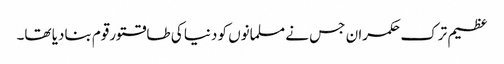
عظیم ترک حکمران جس نے مسلمانوں کو دنیا کی طاقتورقوم بنادیا تھا۔